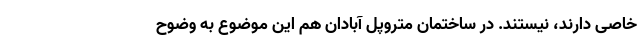
خاصی دارند، نیستند. در ساختمان متروپل آبادان هم این موضوع به وضوح